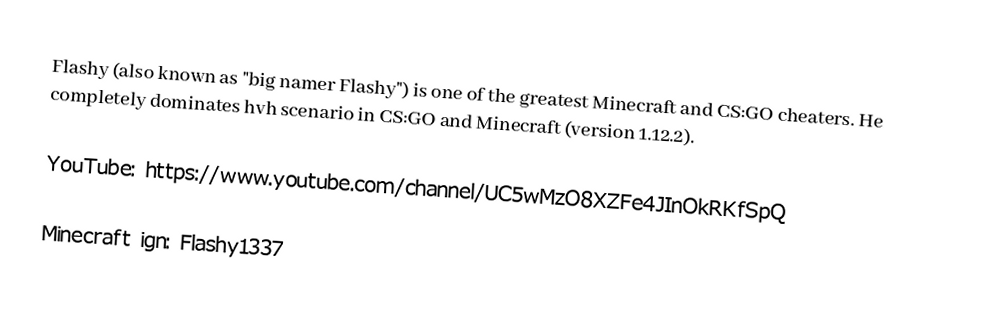
Flashy (also known as "big namer Flashy") is one of the greatest Minecraft and CS:GO cheaters. He completely dominates hvh scenario in CS:GO and Minecraft (version 1.12.2).

YouTube: https://www.youtube.com/channel/UC5wMzO8XZFe4JInOkRKfSpQ

Minecraft ign: Flashy1337